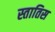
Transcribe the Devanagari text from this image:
स्तातिस